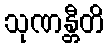
သုဏန္တီတိ